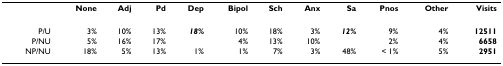
<table><thead><tr><td></td><td><b>None</b></td><td><b>Adj</b></td><td><b>Pd</b></td><td><b>Dep</b></td><td><b>Bipol</b></td><td><b>Sch</b></td><td><b>Anx</b></td><td><b>Sa</b></td><td><b>Pnos</b></td><td><b>Other</b></td><td><b>Visits</b></td></tr></thead><tbody><tr><td>P/U</td><td>3%</td><td>10%</td><td>13%</td><td><b><i>18%</i></b></td><td>10%</td><td>18%</td><td>3%</td><td><b><i>12%</i></b></td><td>9%</td><td>4%</td><td><b>12511</b></td></tr><tr><td>P/NU</td><td>5%</td><td>16%</td><td>17%</td><td></td><td>4%</td><td>13%</td><td>10%</td><td></td><td>2%</td><td>4%</td><td><b>6658</b></td></tr><tr><td>NP/NU</td><td>18%</td><td>5%</td><td>13%</td><td>1%</td><td>1%</td><td>7%</td><td>3%</td><td>48%</td><td>&lt; 1%</td><td>5%</td><td><b>2951</b></td></tr></tbody></table>